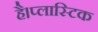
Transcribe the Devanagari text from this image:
है।प्लास्टिक